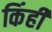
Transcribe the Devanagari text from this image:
किंही